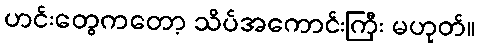
ဟင်းတွေကတော့ သိပ်အကောင်းကြီး မဟုတ်။